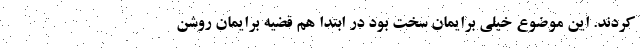
کردند. این موضوع خیلی برایمان سخت بود در ابتدا هم قضیه برایمان روشن